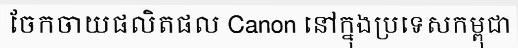
ចែកចាយផលិតផល Canon នៅក្នុងប្រទេសកម្ពុជា